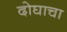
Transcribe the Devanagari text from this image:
दोघाचा